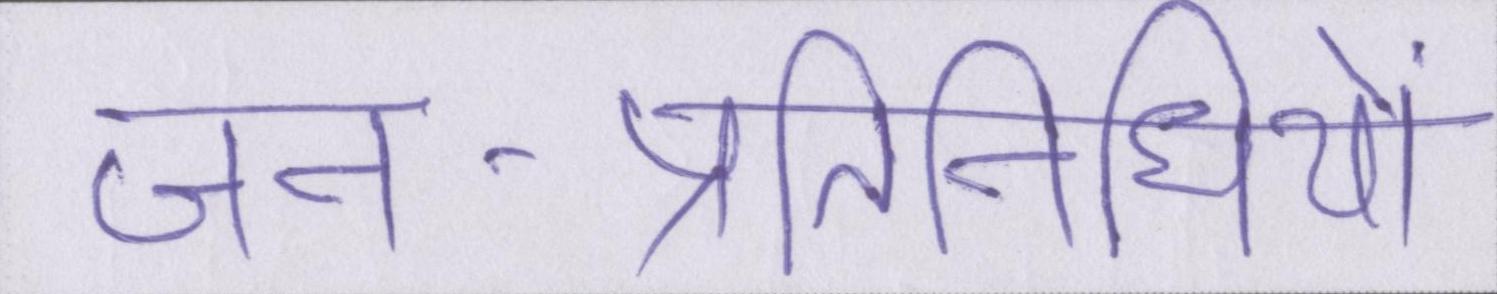
जन-प्रतिनिधियों